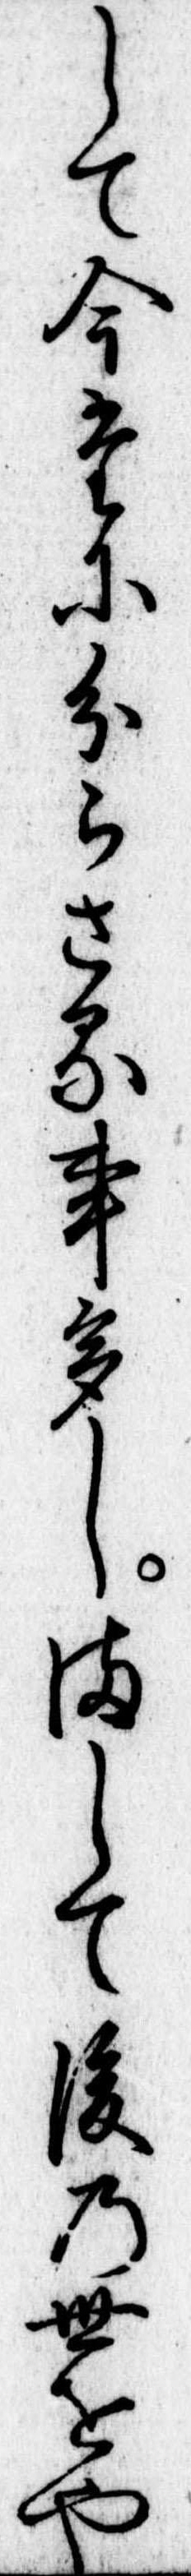
して今たに分らさる事多しまして後の世をや